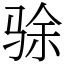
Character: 𬳿